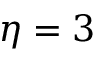
\eta = 3